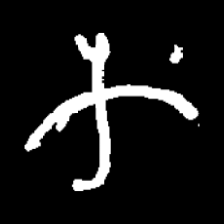
Pyu character \u2014 Myanmar letter: က (romanized: ka)